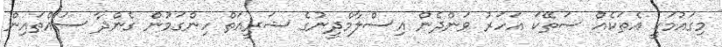
މިގައުމަކީ އެތަކެއް ސަތޭކަ އަހަރު ވަންދެން އިސްލާމްދީނުގެ ޝަރީއަތް ހިންގަމުން ގެންދާ ސައްތައިން